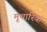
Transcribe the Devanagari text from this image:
मूथारिक